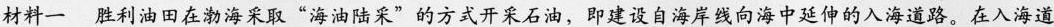
材料一胜利油田在渤海采取”海油陆采”的方式开采石油，即建设自海岸线向海中延伸的入海道路。在入海道